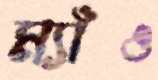
ম্যাঁও